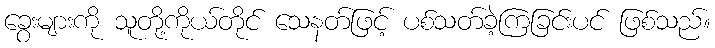
ခွေးများကို သူတို့ကိုယ်တိုင် သေနတ်ဖြင့် ပစ်သတ်ခဲ့ကြခြင်းပင် ဖြစ်သည်။